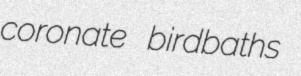
coronate birdbaths